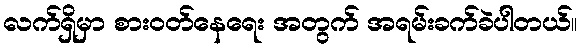
လက်ရှိမှာ စားဝတ်နေရေး အတွက် အရမ်းခက်ခဲပါတယ်။